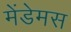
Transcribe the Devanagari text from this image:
मेंडेमस